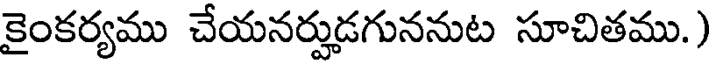
కైంకర్యము చేయనర్హుడగుననుట సూచితము.)